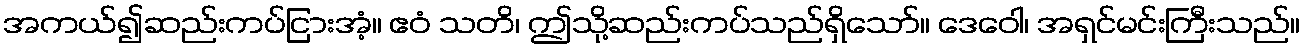
အကယ်၍ဆည်းကပ်ငြားအံ့။ ဧဝံ သတိ၊ ဤသို့ဆည်းကပ်သည်ရှိသော်။ ဒေဝေါ၊ အရှင်မင်းကြီးသည်။